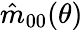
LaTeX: \hat{m}_{00}(\theta)